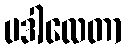
ပဒါလေတာ